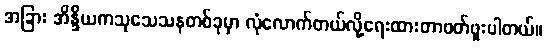
အခြား အိန္ဒိယကသုသေသနတစ်ခုမှာ လုံလောက်တယ်လို့ရေးထားတာဖတ်ဖူးပါတယ်။